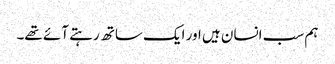
ہم سب انسان ہیں اور ایک ساتھ رہتے آئے تھے۔